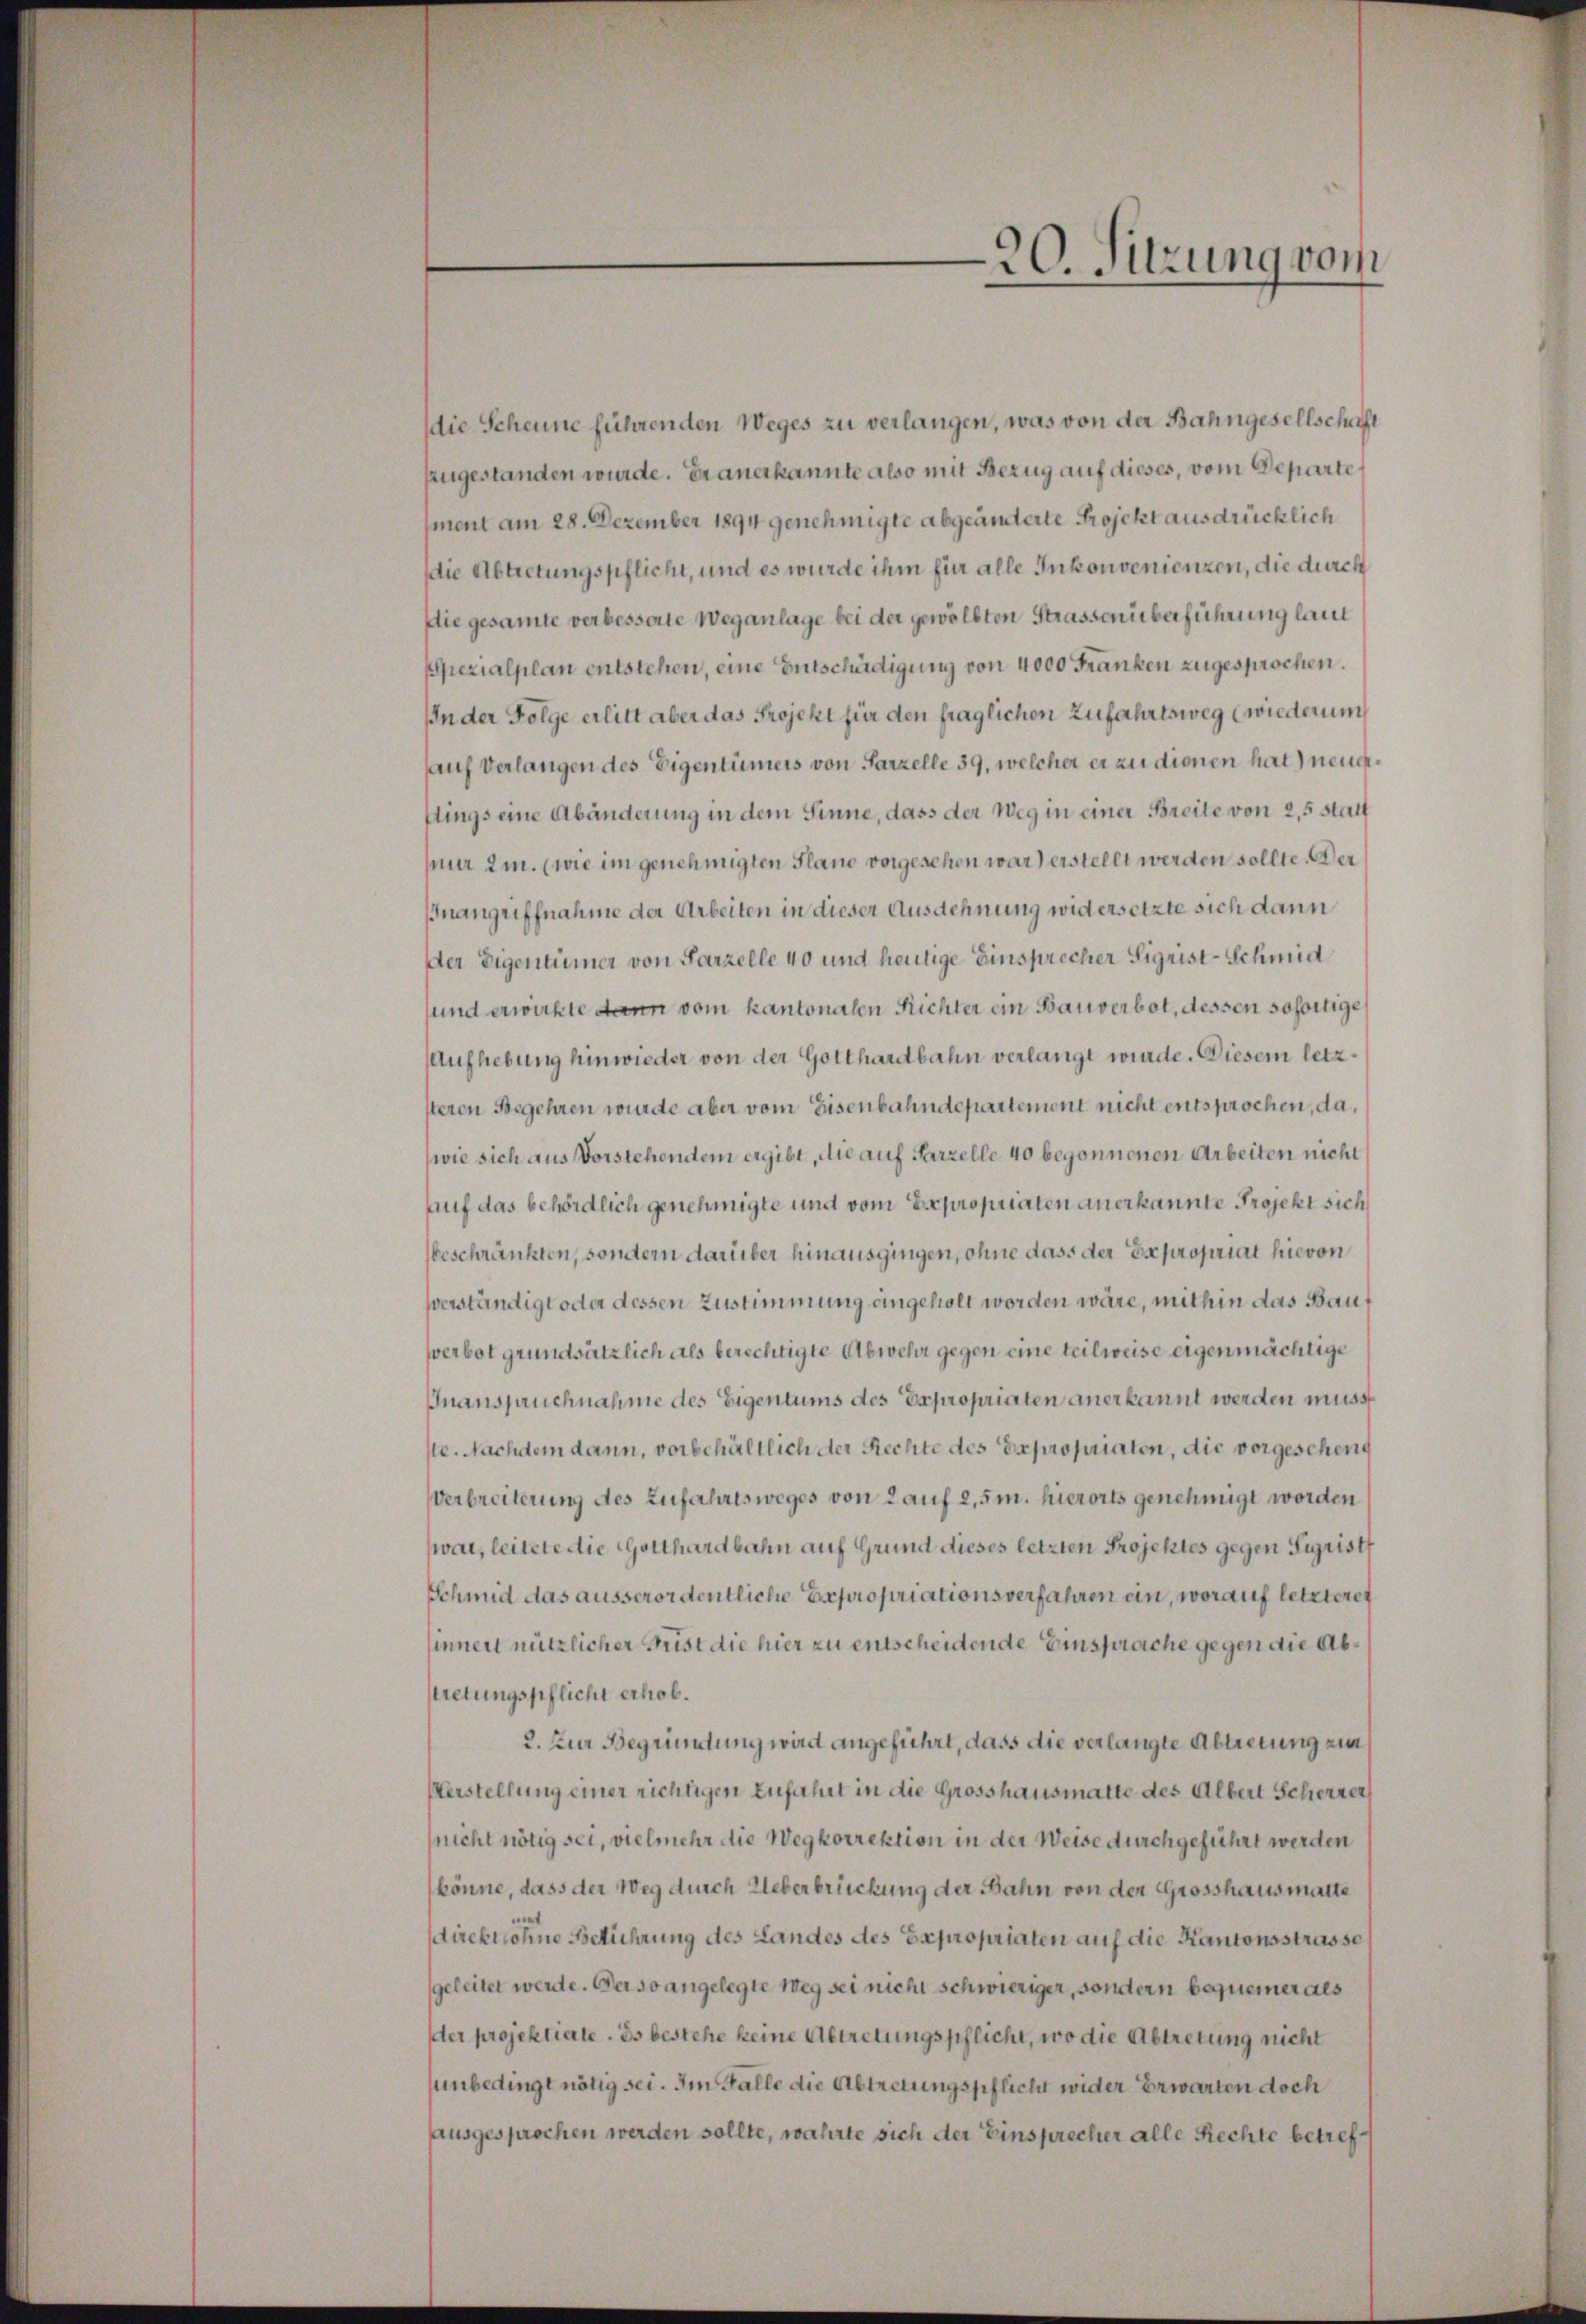
die Scheune führenden Weges zu verlangen, was von der Bahngesellschaft
zugestanden wurde. Er anerkannte also mit Bezug auf dieses, vom Departe
ment am 28. Dezember 1894 genehmigte abgeänderte Projekt ausdrücklich
die Abtretungspflicht, und es wurde ihm für alle Inkonvenienzen, die durch
Die gesamte verbesserte Weganlage bei der gewölbten Strassenüberführung laut
Spezialplan entstehen, eine Entschädigung von 4000 Franken zugesprochen.
IIn der Folge erlitt aber das Projekt für den fraglichen Zufahrtsweg (wiederum
auf Verlangen des Eigentümers von Parzelle 39, welcher er zu dienen hat) neuerttings eine Abänderung in dem Sinne, dass der Weg in einer Breite von 25 statt
pner 2m. (wie im genehmigten Plane vorgesehen war) erstellt werden sollte. Der
Inangriffnahme der Arbeiten in dieser Ausdehnung widersetzte sich dann
Der Eigentümer von Parzelle 40 und heutige Einsprecher Sigrist-Schmid
sund erwirkte dann vom kantonalen Richter ein Bauverbot, dessen sofortige
Aufhebung hinwieder von der Gotthardbahn verlangt wurde. Diesem letzsteren Begehren wurde aber vom Eisenbahndepartement nicht entsprochen, da,
(wie sich aus Vorstehendem ergibt, die auf Parzelle 40 begonnenen Arbeiten nicht
auf das behördlich genehmigte und vom Expropriaten anerkannte Projekt sich
beschränkten, sondern darüber hinausgingen, ohne dass der Expropriat hievon
verständigt oder dessen Zustimmung eingeholt worden wäre, mithin das Bauverbot grundsätzlich als berechtigte Abwehr gegen eine teilweise eigenmächtige
Inanspruchnahme des Eigentums des Expropriaten anerkannt werden muss
ste. Nachdem dann, vorbehältlich der Rechte des Expropriaten, die vorgescheng
Verbreiterung des Zufahresweges von Lauf 2,5m. hierorts genehmigt worden
war, leitete die Gotthardbahn auf Grund dieses letzten Projektes gegen Sigrist
Schmid das ausserordentliche Expropriationsverfahren ein, worauf letzteres
sinnert nützlicher Frist die hier zu entscheidende Einsprache gegen die Abtretungspflicht erhob.
2. Zur Begründung wird angeführt, dass die verlangte Abtretung ein
Verstellung einer richtigen zufahrt in die Grosshausmatte des Albert Scherter,
nicht nötig sei, vielmehr die Wegkorrektion in der Weise durchgeführt werden
könne, dass der Weg durch Ueberbrückung der Bahn von der Grosshausmalte
t
sdirektlohne Berührung des Landes des Expropriaten auf die Kantonsstrasse
geleitet werde. Der so angelegte Weg sei nicht schwieriger, sondern bequemer als
der projektierte. Es bestehe keine Abtretungspflicht, wo die Abtretung nicht
unbedingt nötig sei. Im Falle die Abtretungspflicht wider Erwarten doch
sausgesprochen werden sollte, währte sich der Einsprecher alle Rechte betref¬

20. Sitzung vom